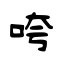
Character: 咵